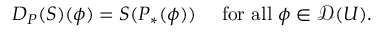
D _ { P } ( S ) ( \phi ) = S ( P _ { * } ( \phi ) ) \quad { \mathrm { ~ f o r ~ a l l ~ } } \phi \in { \mathcal { D } } ( U ) .